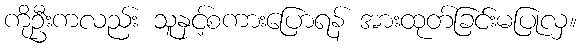
ကိုဦးကလည်း သူနှင့်စကားပြောရန် အားထုတ်ခြင်းမပြုလှ။